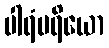
ပါရံပရိယော